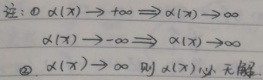
注：\textcircled{1} $\alpha(x)\to +\infty\Rightarrow\alpha(x)\to\infty$，$\alpha(x)\to -\infty\Rightarrow\alpha(x)\to\infty$
\textcircled{2} $\alpha(x)\to\infty$ 时，$\alpha(x)$ 无界